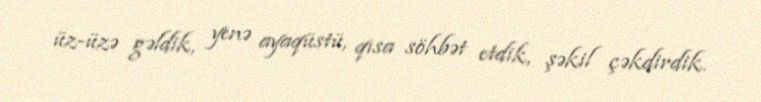
üz-üzə gəldik, yenə ayaqüstü, qısa söhbət etdik, şəkil çəkdirdik.